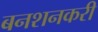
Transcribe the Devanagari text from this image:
बनशनकरी